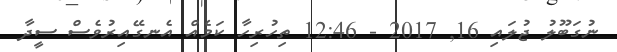
ނުގަބޫލު ޖުލައި 16